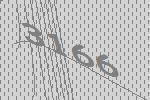
3166